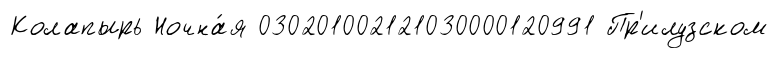
Колапырь Ночна́я 030201002121030000120991 Пр'илузском